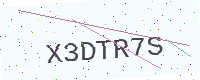
Text: X3DTR7S